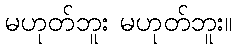
မဟုတ်ဘူး မဟုတ်ဘူး။